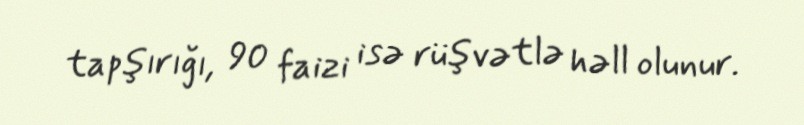
tapşırığı, 90 faizi isə rüşvətlə həll olunur.